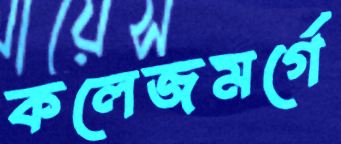
কলেজমর্গে